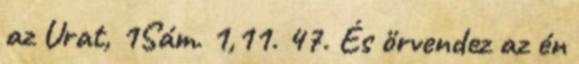
az Urat, 1Sám. 1,11. 47. És örvendez az én